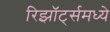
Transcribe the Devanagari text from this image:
रिझॉर्ट्‍समध्ये